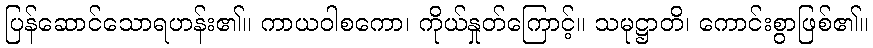
ပြန်ဆောင်သောရဟန်း၏။ ကာယဝါစကော၊ ကိုယ်နှုတ်ကြောင့်။ သမုဋ္ဌာတိ၊ ကောင်းစွာဖြစ်၏။